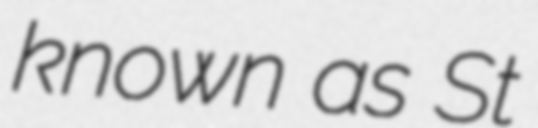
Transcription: known as St